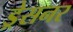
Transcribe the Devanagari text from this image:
ड्रेसनर